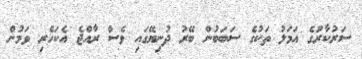
ސަރުކާރުގެ އަމަލު ތަކުގެ ސަބަބުން ބޭރު ދުނިޔޭގައި ވެސް ރާއްޖެ އެކަހެރި ވަމުން